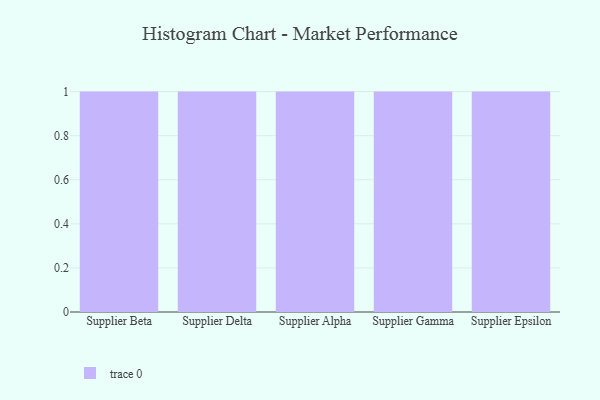
{"axis": {"x": "Supplier", "y": "Website Visitors"}, "legend": [""], "data": [{"x": "Supplier Beta", "y": 74, "type": ""}, {"x": "Supplier Delta", "y": 49, "type": ""}, {"x": "Supplier Alpha", "y": 17, "type": ""}, {"x": "Supplier Gamma", "y": 34, "type": ""}, {"x": "Supplier Epsilon", "y": 56, "type": ""}]}